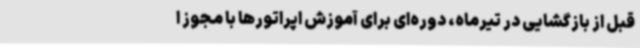
قبل از بازگشایی در تیرماه، دوره‌ای برای آموزش اپراتورها با مجوز ا